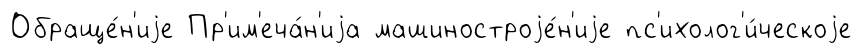
Обраще́н'иjе Пр'им'еча́н'иjа машиностроjе́н'иjе пс'ихолог'и́ческоjе